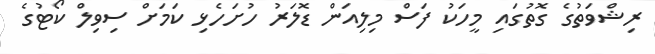
ރިޝްވަތުގެ ގޮތުގައި މީހަކު ފަސް މިލިއަން ޑޮލަރު ހުށަހެޅި ކަމަށް ސިވިލް ކޯޓުގެ